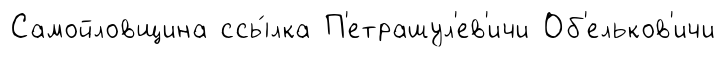
Самойловщина ссы́лка П'етрашул'ев'ичи Об'ельков'ичи